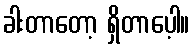
ခါးတာတော့ ရှိတာပေ့ါ။